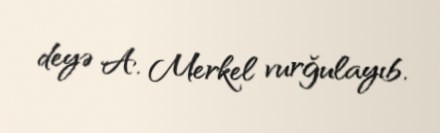
deyə A. Merkel vurğulayıb.